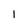
Character: 1